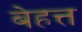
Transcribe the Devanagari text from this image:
बेहत्त